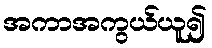
အကာအကွယ်ယူ၍